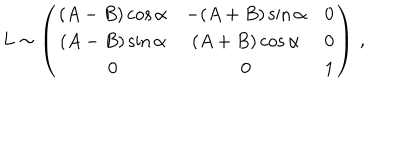
L \sim \left( \begin{matrix} { { ( A - B ) \cos \alpha } } & { { - ( A + B ) \sin \alpha } } & { { 0 } } \\ { { ( A - B ) \sin \alpha } } & { { ( A + B ) \cos \alpha } } & { { 0 } } \\ { { 0 } } & { { 0 } } & { { 1 } } \\ \end{matrix} \right) \, ,